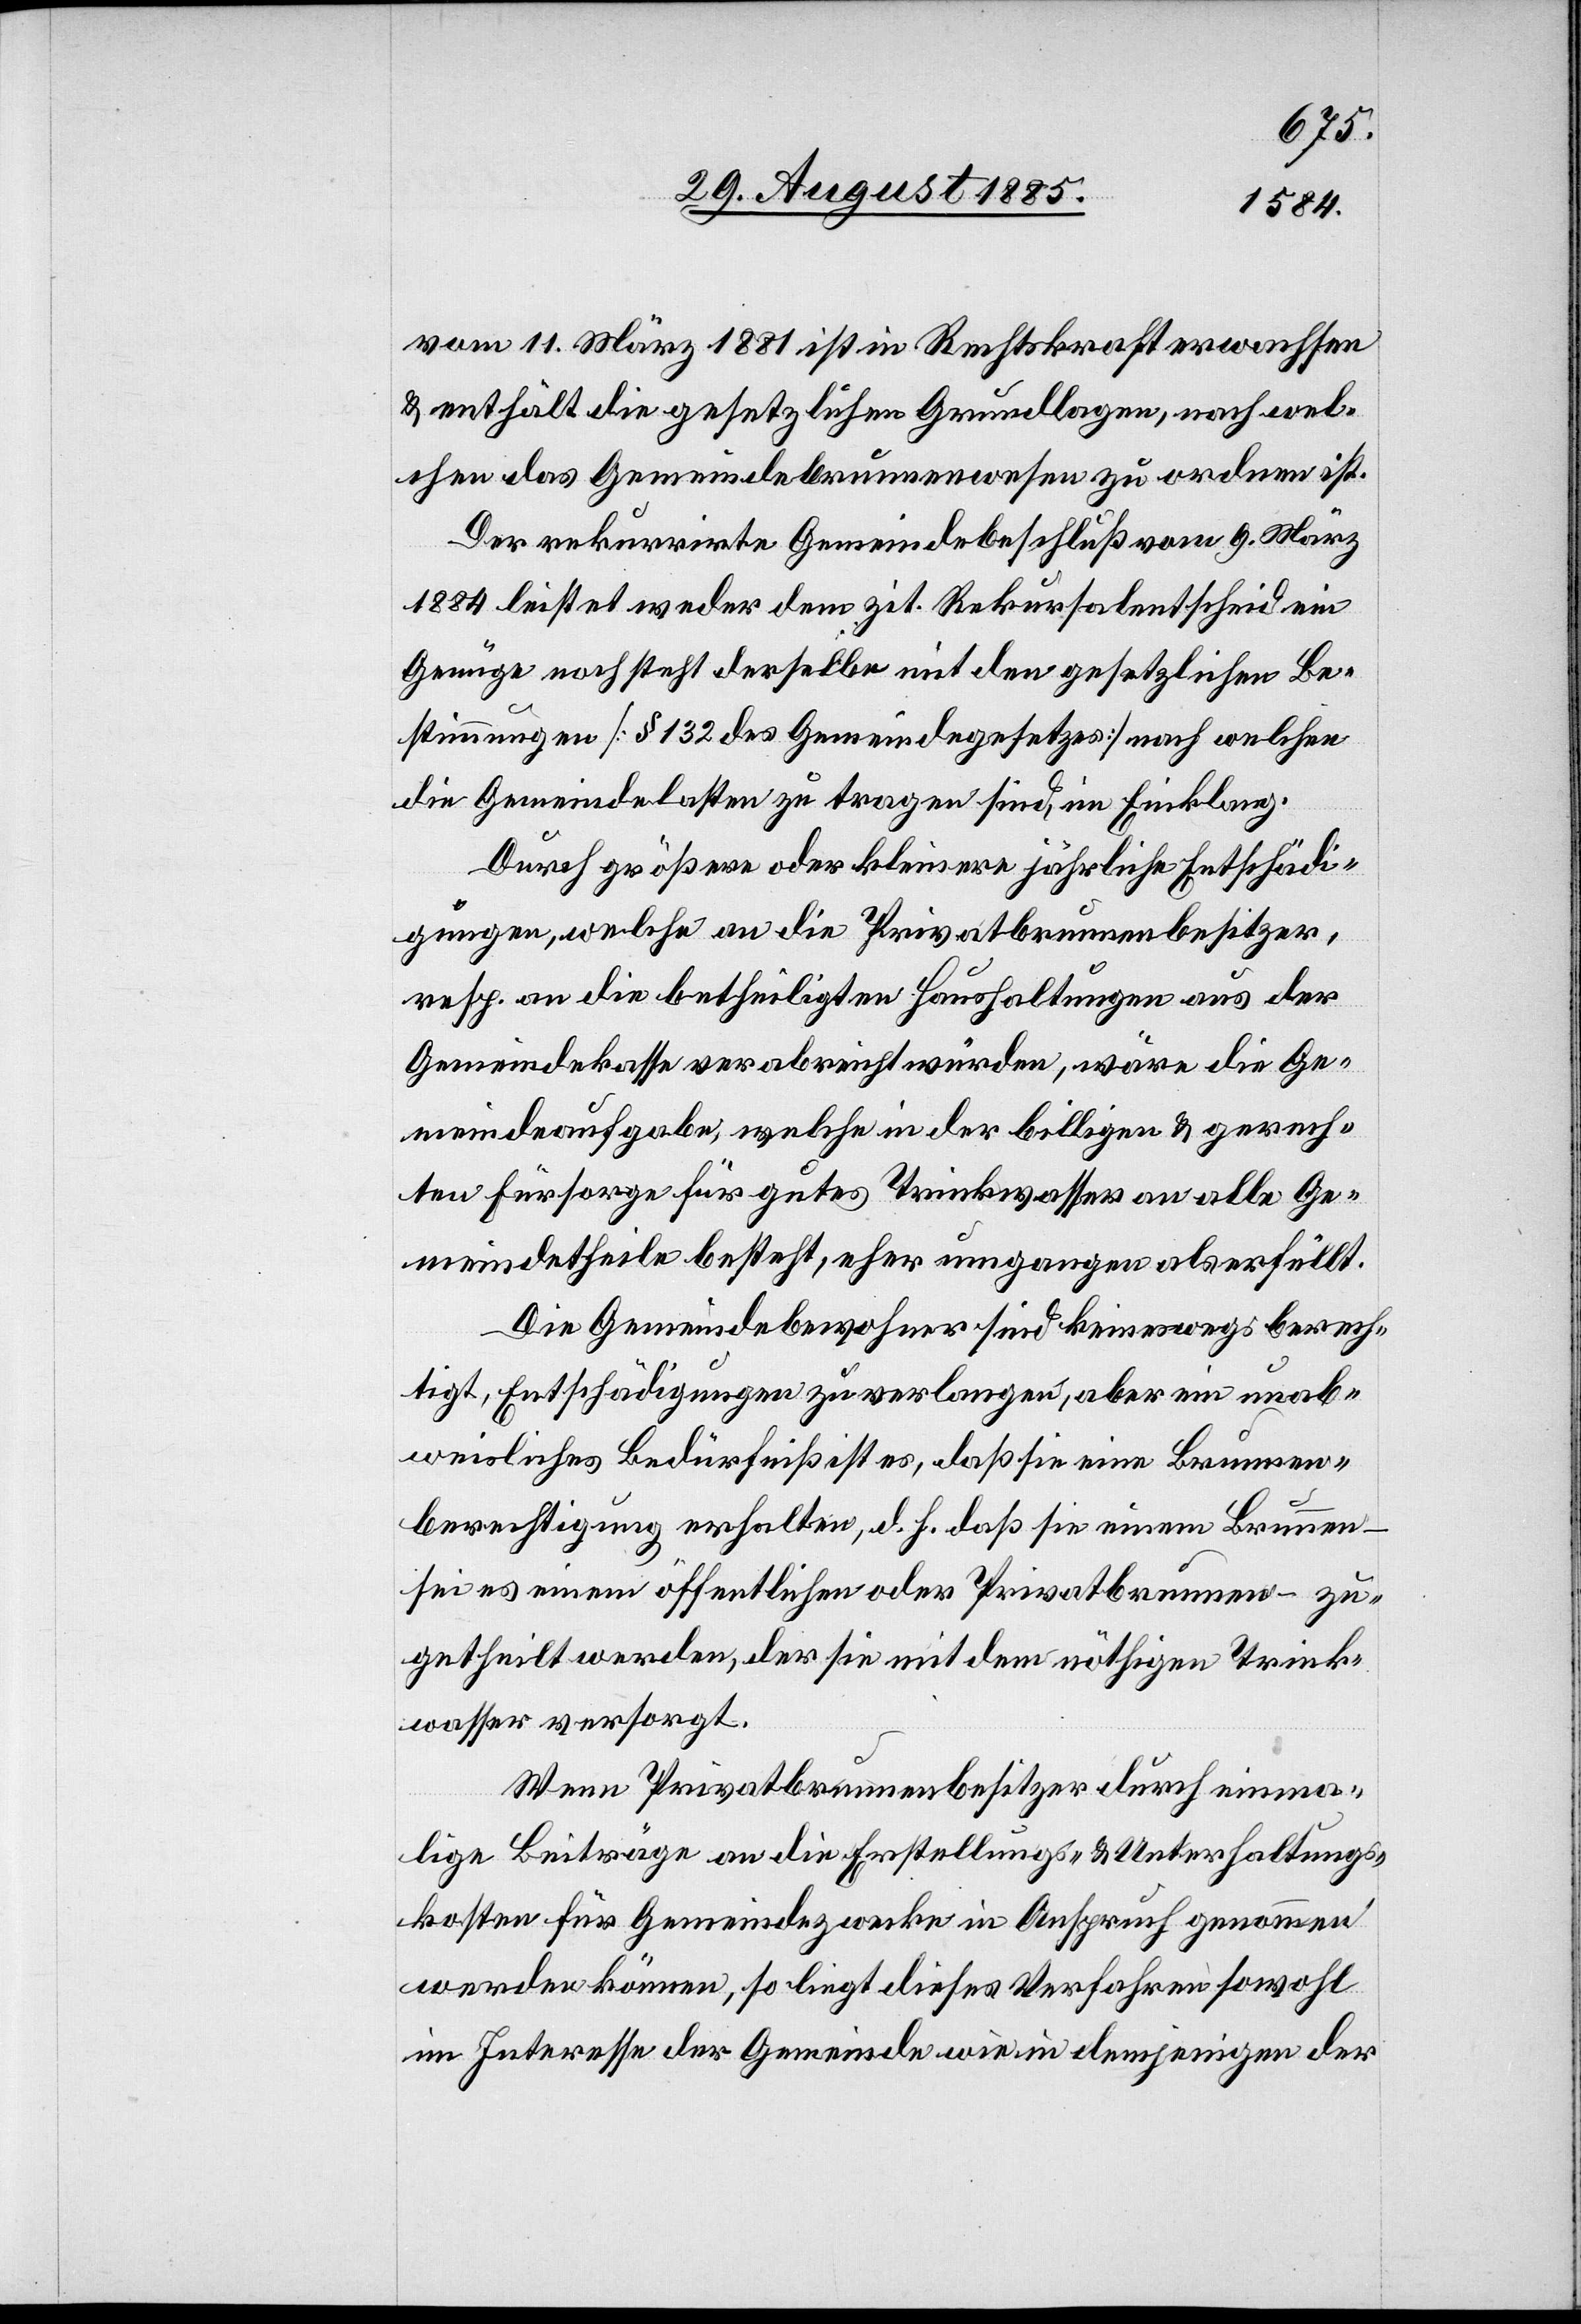
vom 11. März 1881 ist in Rechtskraft erwachsen
& enthält die gesetzlichen Grundlagen, nach wel¬
chen das Gemeindebrunnenwesen zu ordnen ist.
Der rekurrirte Gemeindebeschluß vom 9. März
1884 leistet weder dem zit. Rekursalentscheid ein
Genüge noch steht derselbe mit den gesetzlichen Be¬
stimmungen [§ 132 des Gemeindegesetzes] nach welchen
die Gemeindelasten zu tragen sind, im Einklang.
Durch größere oder kleinere jährliche Entschädi¬
gungen, welche an die Privatbrunnenbesitzer
resp. an die betheiligten Haushaltungen aus der
Gemeindekasse verabreicht würden, wäre die Ge¬
meindeaufgabe, welche in der billigen & gerech¬
ten Fürsorge für gutes Trinkwasser an alle Ge¬
meindetheile besteht, eher umgangen als erfüllt.
Die Gemeindebewohner sind keineswegs berech¬
tigt, Entschädigungen zu verlangen, aber ein unab¬
weisliches Bedürfniß ist es, daß sie eine Brunnen¬
berechtigung erhalten, d. h. daß sie einem Brunnen
sei es einem öffentlichen oder Privatbrunnen – zu¬
getheilt werden, der sie mit dem nöthigen Trink¬
wasser versorgt.
Wenn Privatbrunnenbesitzer durch einma¬
lige Beiträge an die Erstellungs- & Unterhaltungs¬
kosten für Gemeindezwecke in Anspruch genommen
werden können, so liegt dieses Verfahren sowohl
im Interesse der Gemeinde wie in demjenigen der